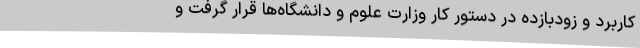
کاربرد و زودبازده در دستور کار وزارت علوم و دانشگاه‌ها قرار گرفت و